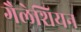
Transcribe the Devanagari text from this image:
गैलेशियन